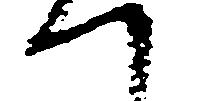
へ